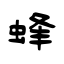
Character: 蜂